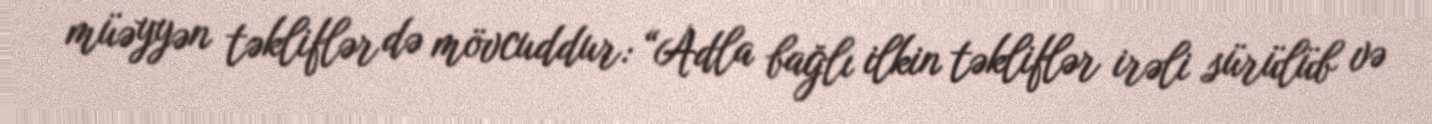
müəyyən təkliflər də mövcuddur: “Adla bağlı ilkin təkliflər irəli sürülüb və